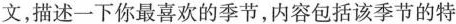
文，描述一下你最喜欢的季节，内容包括该季节的特